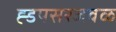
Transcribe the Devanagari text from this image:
ह्डपसरजवळ